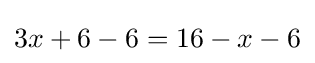
3x+6-6=16-x-6